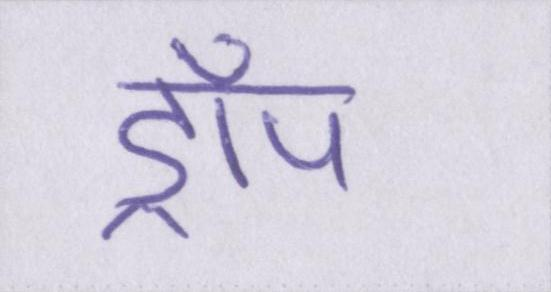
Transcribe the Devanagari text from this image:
ड्रॉप